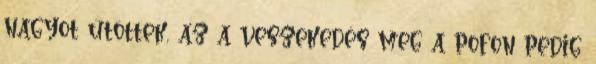
nagyot ütöttek, az a veszekedés meg a pofon pedig